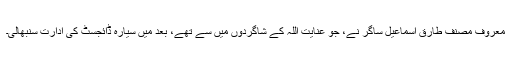
معروف مصنف طارق اسماعیل ساگر نے، جو عنایت اللہ کے شاگردوں میں سے تھے، بعد میں سیارہ ڈائجسٹ کی ادارت سنبھالی۔